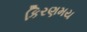
કિરણમય